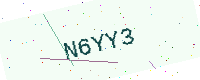
Text: N6YY3